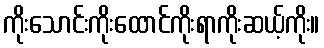
ကိုးသောင်းကိုးထောင်ကိုးရာကိုးဆယ့်ကိုး။